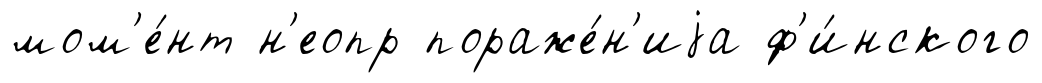
мом'е́нт н'еопр пораже́н'иjа ф'и́нского